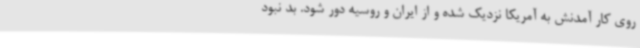
روی کار آمدنش به آمریکا نزدیک شده و از ایران و روسیه دور شود. بد نبود